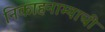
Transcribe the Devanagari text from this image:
निकाहनाम्याची